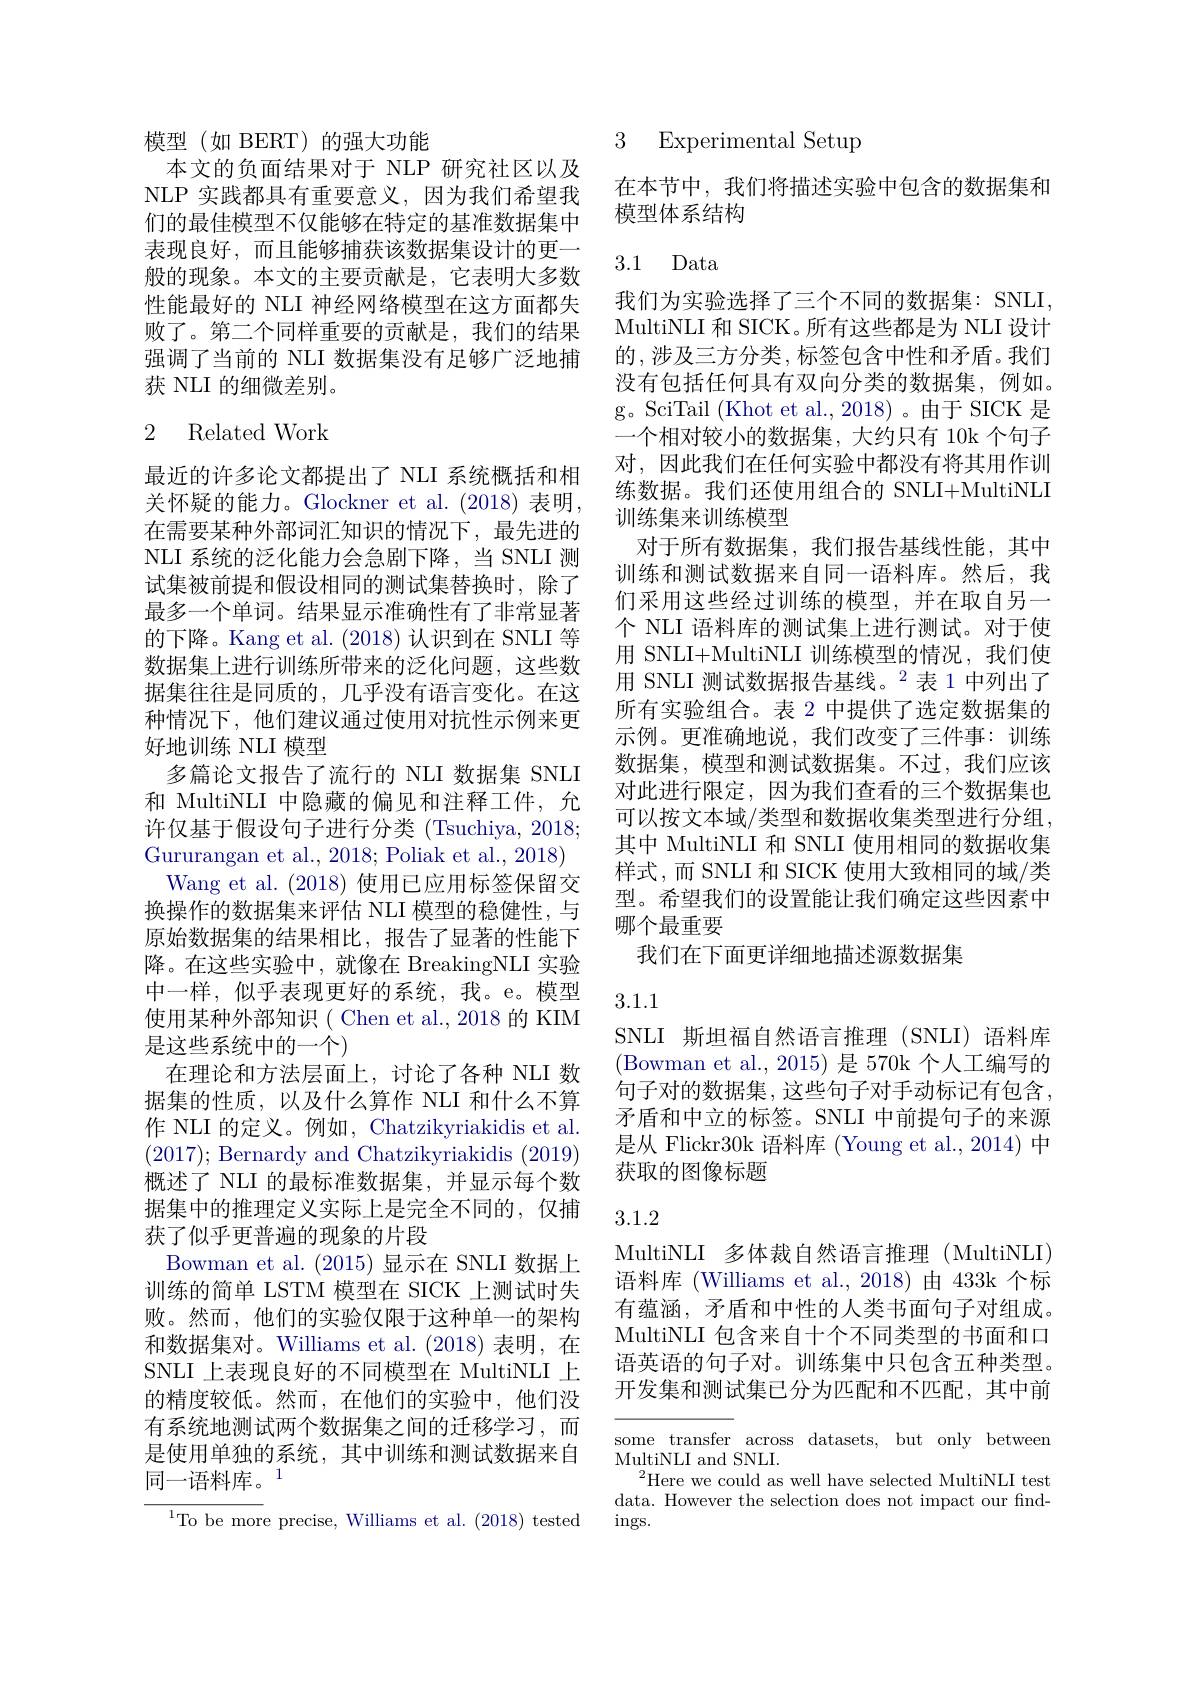
模型(如 BERT)的强大功能
本文的负面结果对于 NLP 研究社区以及NLP 实践都具有重要意义，因为我们希望我们的最佳模型不仅能够在特定的基准数据集中表现良好，而且能够捕获该数据集设计的更一般的现象。本文的主要贡献是，它表明大多数性能最好的 NLI 神经网络模型在这方面都失败了。第二个同样重要的贡献是，我们的结果强调了当前的 NLI 数据集没有足够广泛地捕获 NLI 的细微差别。

## 2 Related Work

最近的许多论文都提出了 NLI 系统概括和相关怀疑的能力。Glockner et al. (2018) 表明， 在需要某种外部词汇知识的情况下，最先进的NLI 系统的泛化能力会急剧下降，当 SNLI 测试集被前提和假设相同的测试集替换时，除了最多一个单词。结果显示准确性有了非常显著的下降。Kang et al. (2018)认识到在 SNLI 等数据集上进行训练所带来的泛化问题，这些数据集往往是同质的，几乎没有语言变化。在这种情况下，他们建议通过使用对抗性示例来更好地训练 NLI 模型
多篇论文报告了流行的 NLI 数据集 SNLI 和 MultiNLI 中隐藏的偏见和注释工件，允许仅基于假设句子进行分类 (Tsuchiya, 2018; Gururangan et al., 2018; Poliak et al., 2018)
Wang et al. (2018) 使用已应用标签保留交换操作的数据集来评估 NLI 模型的稳健性，与原始数据集的结果相比，报告了显著的性能下降。在这些实验中，就像在 BreakingNLI 实验中一样，似乎表现更好的系统，我。e。模型使用某种外部知识( Chen et al., 2018 的 KIM 是这些系统中的一个)
在理论和方法层面上，讨论了各种 NLI 数据集的性质，以及什么算作 NLI 和什么不算作 NLI 的定义。例如，Chatzikyriakidis et al. (2017); Bernardy and Chatzikyriakidis (2019) 概述了 NLI 的最标准数据集，并显示每个数据集中的推理定义实际上是完全不同的，仅捕获了似乎更普遍的现象的片段
Bowman et al. (2015)显示在 SNLI 数据上训练的简单 LSTM 模型在 SICK 上测试时失败。然而，他们的实验仅限于这种单一的架构和数据集对。Williams et al.(2018) 表明，在SNLI 上表现良好的不同模型在 MultiNLI 上的精度较低。然而，在他们的实验中，他们没有系统地测试两个数据集之间的迁移学习，而是使用单独的系统，其中训练和测试数据来自同一语料库。1
$^{1}$To be more precise, Williams et al. (2018) tested

3 Experimental Setup

在本节中，我们将描述实验中包含的数据集和
模型体系结构

## 3.1 Data

我们为实验选择了三个不同的数据集：SNLI, MultiNLI 和 SICK。所有这些都是为 NLI 设计的，涉及三方分类，标签包含中性和矛盾。我们没有包括任何具有双向分类的数据集，例如。g。SciTail (Khot et al., 2018) 。由于 SICK 是一个相对较小的数据集，大约只有 10k 个句子对，因此我们在任何实验中都没有将其用作训练数据。我们还使用组合的 SNLI+MultiNLI 训练集来训练模型
对于所有数据集，我们报告基线性能，其中训练和测试数据来自同一语料库。然后，我们采用这些经过训练的模型，并在取自另一个 NLI 语料库的测试集上进行测试。对于使用 SNLI+MultiNLI 训练模型的情况，我们使用 SNLI 测试数据报告基线。$^{2}$表 1 中列出了所有实验组合。表 2 中提供了选定数据集的示例。更准确地说，我们改变了三件事：训练数据集，模型和测试数据集。不过，我们应该对此进行限定，因为我们查看的三个数据集也可以按文本域/类型和数据收集类型进行分组， 其中 MultiNLI 和 SNLI 使用相同的数据收集样式，而 SNLI 和 SICK 使用大致相同的域/类型。希望我们的设置能让我们确定这些因素中哪个最重要
我们在下面更详细地描述源数据集

3.1.1

SNLI 斯坦福自然语言推理(SNLI)语料库(Bowman et al., 2015) 是 570k 个人工编写的句子对的数据集，这些句子对手动标记有包含， 矛盾和中立的标签。SNLI 中前提句子的来源是从 Flickr30k 语料库 (Young et al., 2014) 中获取的图像标题

## 3.1.2

MultiNLI 多体裁自然语言推理 (MultiNLI) 语料库 (Williams et al., 2018)由 433k 个标有蕴涵，矛盾和中性的人类书面句子对组成。MultiNLI 包含来自十个不同类型的书面和口语英语的句子对。训练集中只包含五种类型。开发集和测试集已分为匹配和不匹配，其中前

some transfer across datasets, but only between
MultiNLI and SNLI.
$^{2}$Here we could as well have selected MultiNLI test data. However the selection does not impact our find- $\operatorname{ings.}$